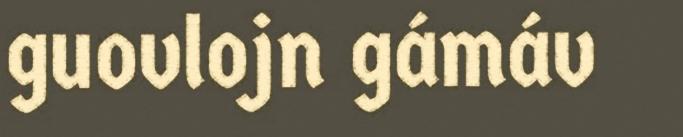
guovlojn gámáv